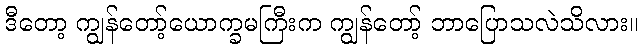
ဒီတော့ ကျွန်တော့်ယောက္ခမကြီးက ကျွန်တော့် ဘာပြောသလဲသိလား။